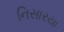
નિસારયા